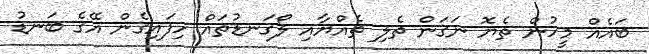
ބައެއް މީހުން ތެޔޮ ނަގަން ތެލި ތެއްޔާއި ލޯގަނޑުތައް ހިފައިގެން އޭގެ ބަނޑު